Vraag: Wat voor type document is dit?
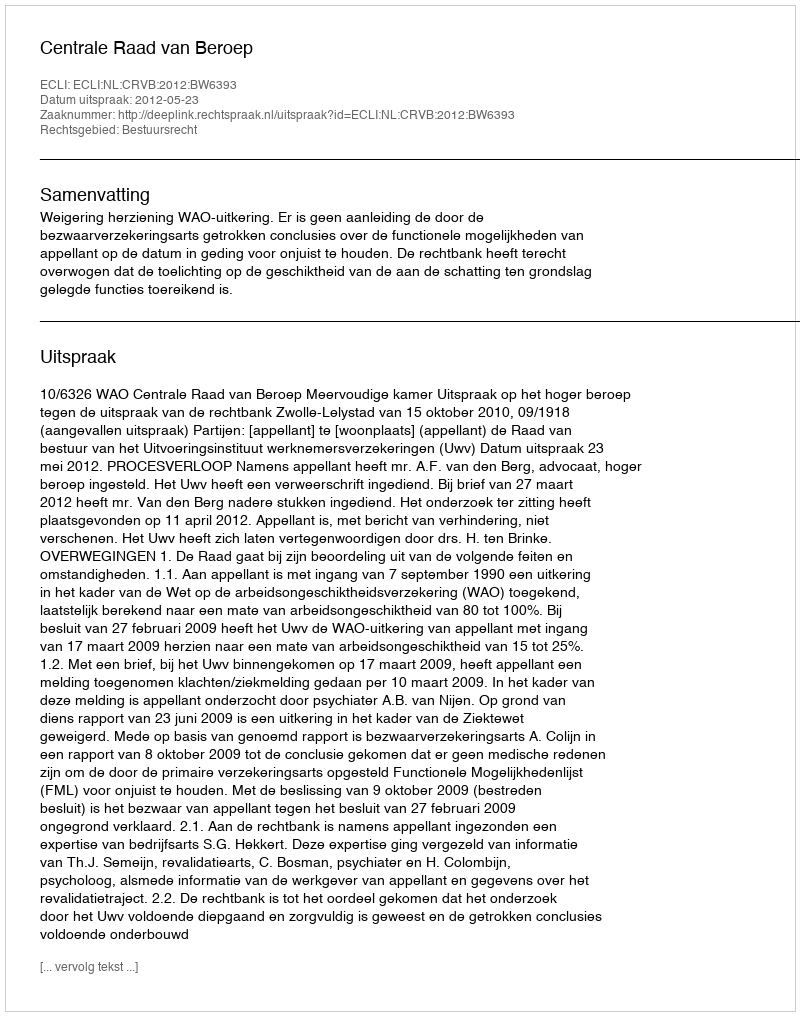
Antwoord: Uitspraak